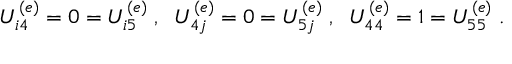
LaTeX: U _ { i 4 } ^ { ( e ) } = 0 = U _ { i 5 } ^ { ( e ) } \; , \; \; U _ { 4 j } ^ { ( e ) } = 0 = U _ { 5 j } ^ { ( e ) } \; , \; \; U _ { 4 4 } ^ { ( e ) } = 1 = U _ { 5 5 } ^ { ( e ) } \; .